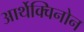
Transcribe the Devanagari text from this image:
आर्थेक्विनोन